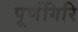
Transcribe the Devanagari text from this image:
पूर्णगिरि